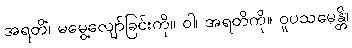
အရတိံ၊ မမွေ့လျော်ခြင်းကို။ ဝါ၊ အရတိကို။ ဝူပသမေန္တိ၊